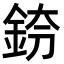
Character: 𨦌